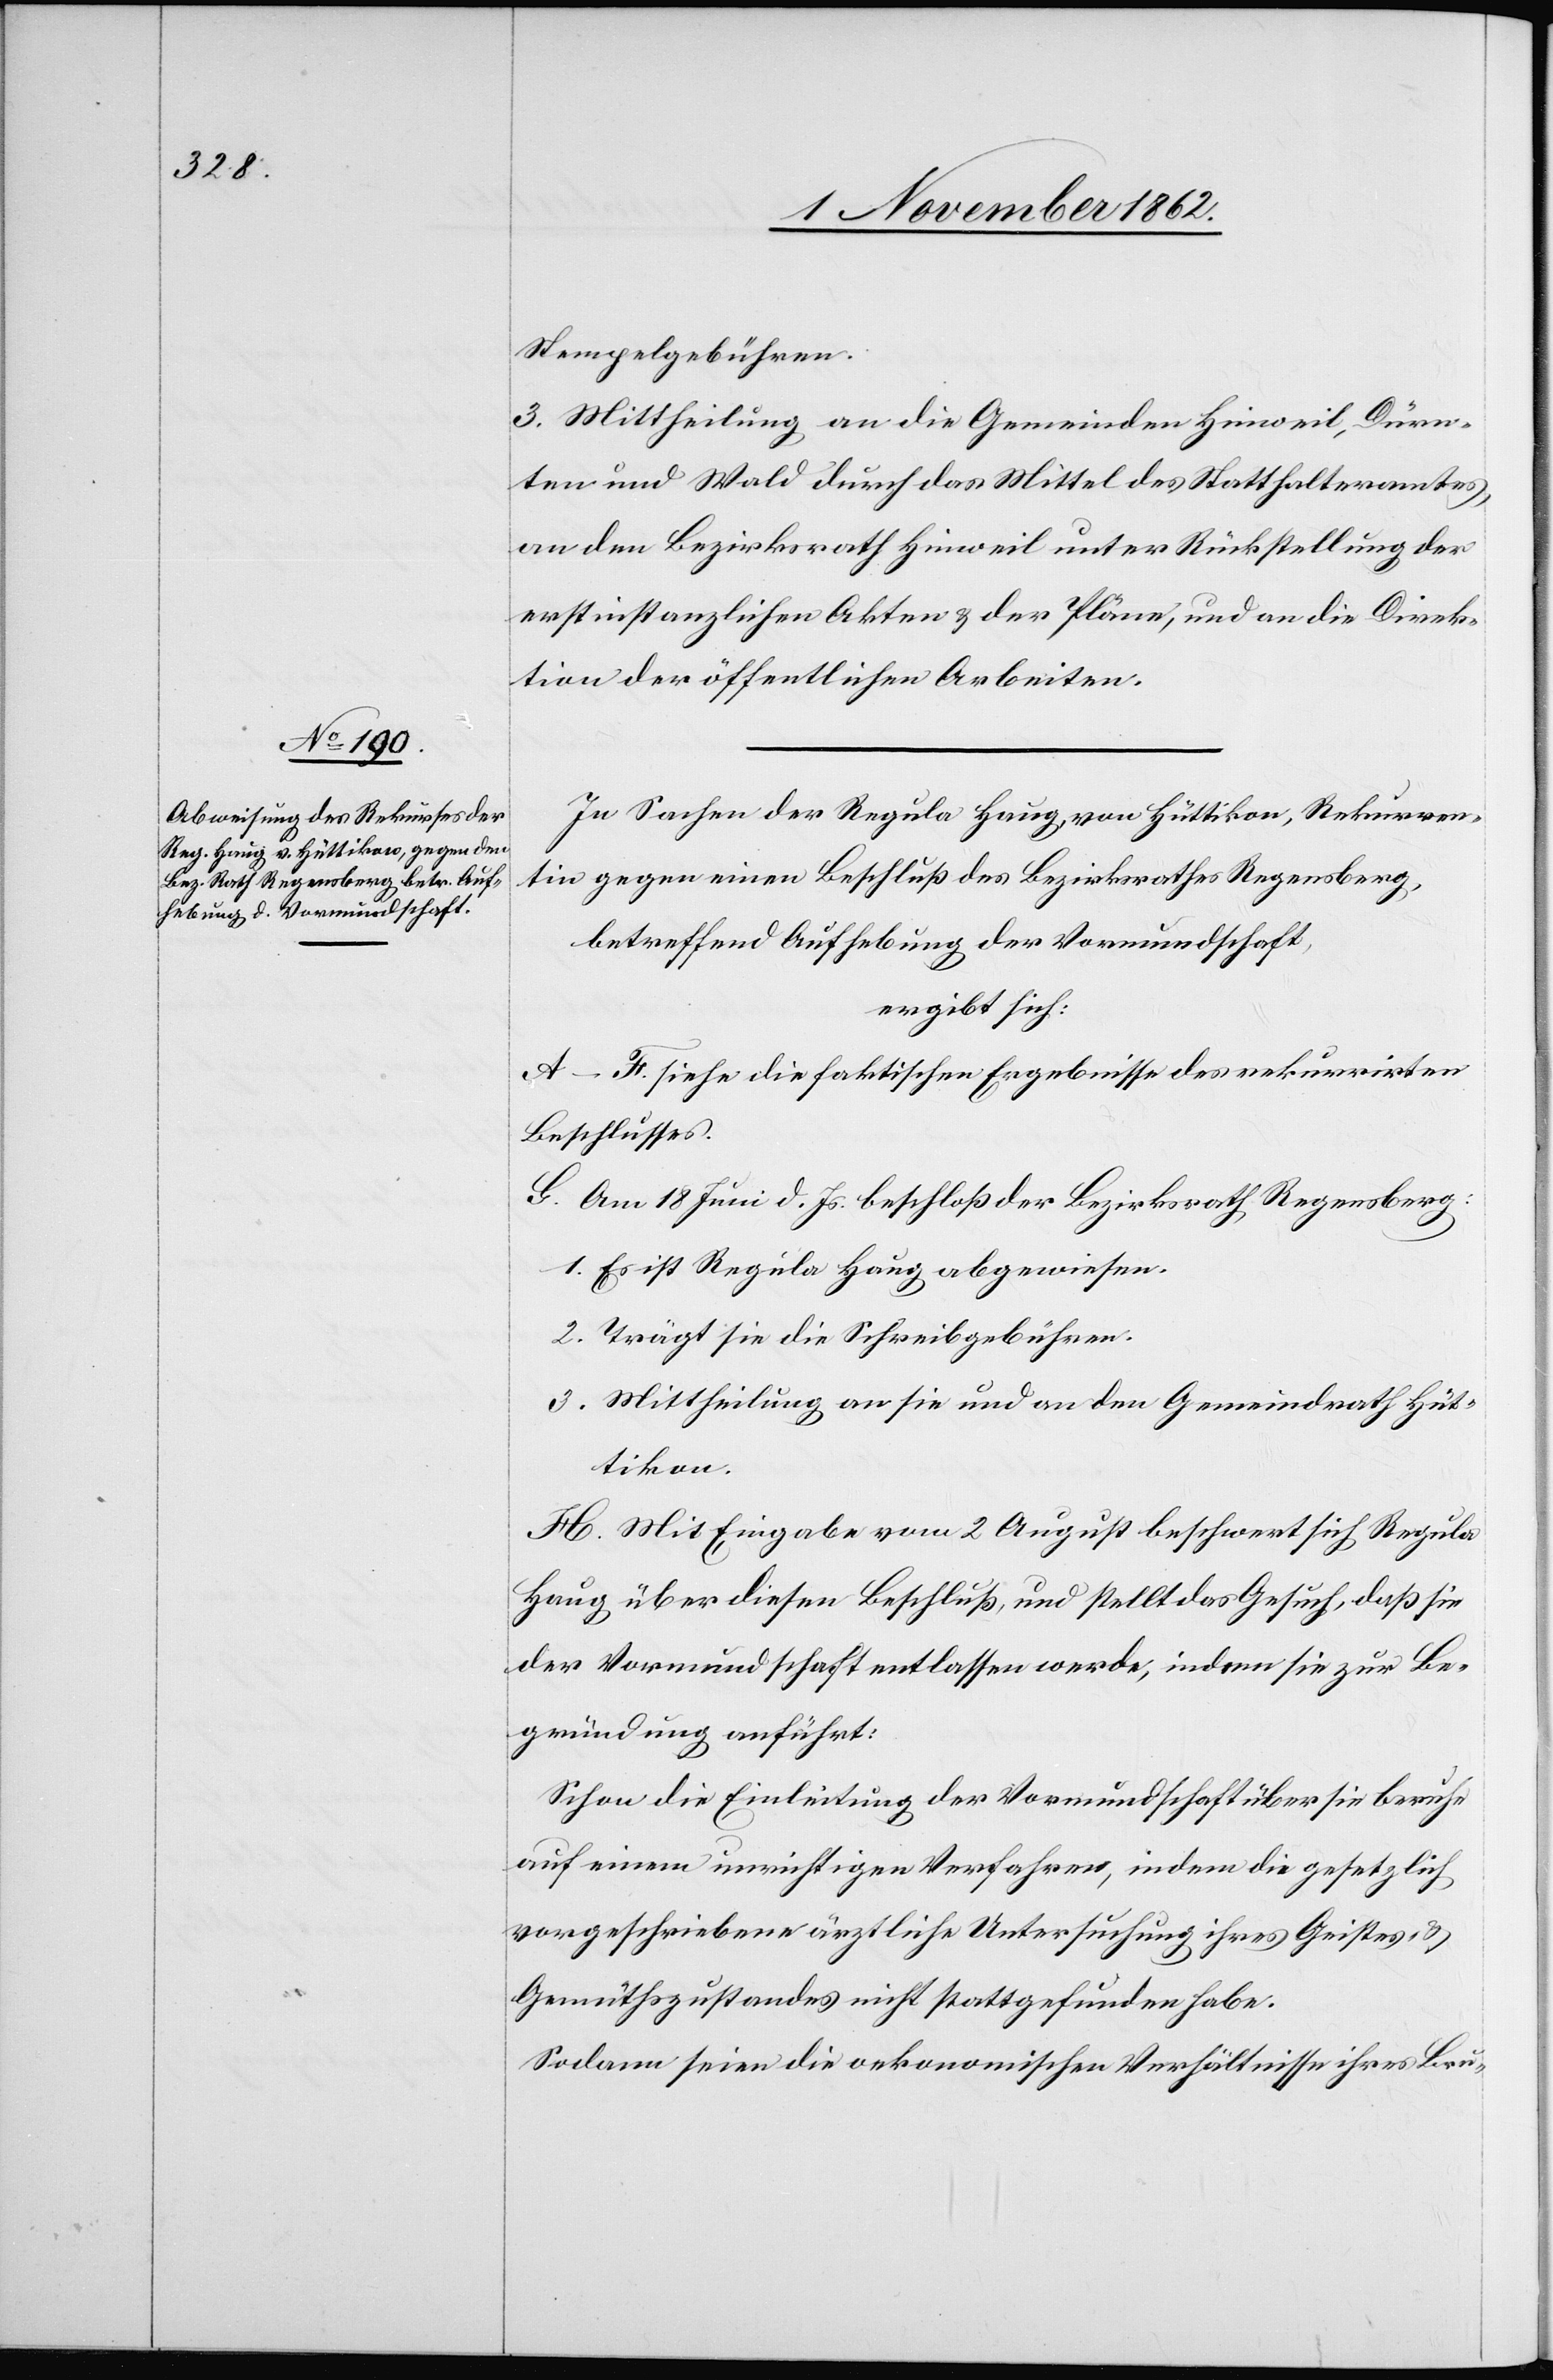
Stempelgebühren.
3. Mittheilung an die Gemeinden Hinweil, Dürn¬
ten und Wald durch das Mittel des Statthalteramtes,
an den Bezirksrath Hinweil unter Rückstellung der
erstinstanzlichen Akten u. der Pläne, und an die Direk¬
tion der öffentlichen Arbeiten.
In Sachen der Regula Haug, von Hüttikon, Rekurren¬
ten gegen eine Beschluß des Bezirksrathes Regensberg,
betreffend Aufhebung der Vormundschaft,
ergibt sich:
A–F. siehe die faktischen Ergebnisse des rekurrirten
Beschlusses.
G. Am 18. Juni d. Js. beschloß der Bezirksrath Regensberg:
1. Es ist Regula Haug abgewiesen.
2. Trägt sie die Schreibgebühren.
3. Mittheilung an sie und an den Gemeindrath Hüt¬
tikon.
H. Mit Eingabe vom 2. August beschwert sich Regula
Haug über diesen Beschluß, und stellt das Gesuch, daß sie
der Vormundschaft entlassen werde, indem sie zur Be¬
gründung anführt:
Schon die Einleitung der Vormundschaft über sie beruhe
auf einem urnichtigen Verfahren, indem die gesetzlich
vorgeschriebene ärztliche Untersuchung ihres Geistes- u.
Gemüthszustandes nicht stattgefunden habe.
Sodann seien die oekonomischen Verhältnisse ihres Bru-